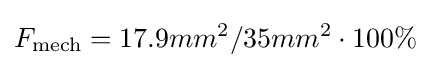
F_{\text{mech}}=17.9mm^{2}/35mm^{2}\cdot 100\%